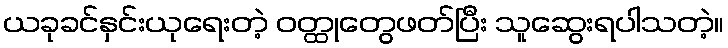
ယခုခင်နှင်းယုရေးတဲ့ ဝတ္ထုတွေဖတ်ပြီး သူဆွေးရပါသတဲ့။